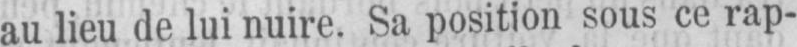
au lieu de lui nuire. Sa position sous ce rap-